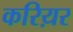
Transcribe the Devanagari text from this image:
करिय़र